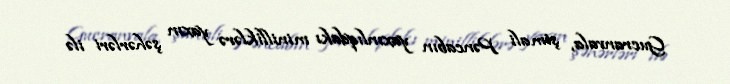
Gucranvala, şimali Pəncabın yaxınlıqdakı minilliklərə yaxın şəhərləri ilə